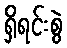
ရှိရင်းစွဲ